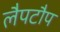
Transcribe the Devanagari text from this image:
लैपटौप